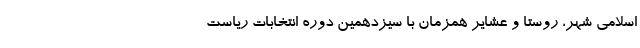
اسلامی شهر، روستا و عشایر همزمان با سیزدهمین دوره انتخابات ریاست